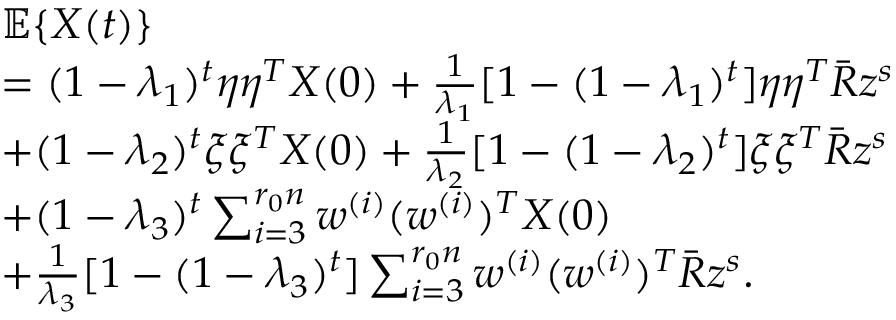
\begin{array} { r l } & { \mathbb { E } \{ X ( t ) \} } \\ & { = ( 1 - \lambda _ { 1 } ) ^ { t } \eta \eta ^ { T } X ( 0 ) + \frac { 1 } { \lambda _ { 1 } } [ 1 - ( 1 - \lambda _ { 1 } ) ^ { t } ] \eta \eta ^ { T } \bar { R } z ^ { s } } \\ & { + ( 1 - \lambda _ { 2 } ) ^ { t } \xi \xi ^ { T } X ( 0 ) + \frac { 1 } { \lambda _ { 2 } } [ 1 - ( 1 - \lambda _ { 2 } ) ^ { t } ] \xi \xi ^ { T } \bar { R } z ^ { s } } \\ & { + ( 1 - \lambda _ { 3 } ) ^ { t } \sum _ { i = 3 } ^ { r _ { 0 } n } w ^ { ( i ) } ( w ^ { ( i ) } ) ^ { T } X ( 0 ) } \\ & { + \frac { 1 } { \lambda _ { 3 } } [ 1 - ( 1 - \lambda _ { 3 } ) ^ { t } ] \sum _ { i = 3 } ^ { r _ { 0 } n } w ^ { ( i ) } ( w ^ { ( i ) } ) ^ { T } \bar { R } z ^ { s } . } \end{array}